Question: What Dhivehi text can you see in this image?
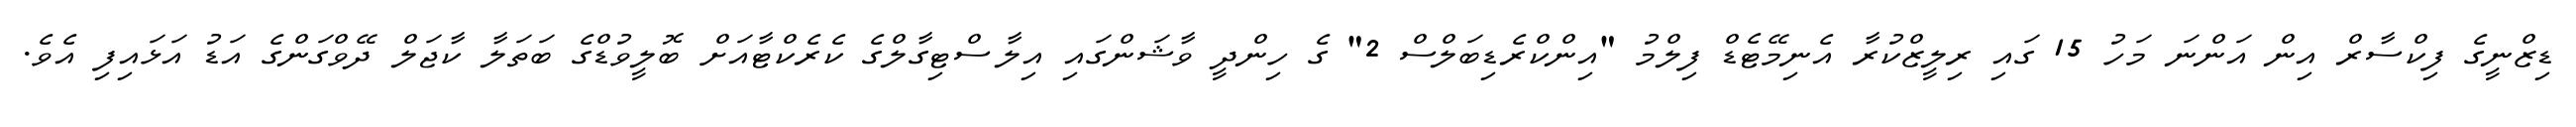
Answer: ޑިޒްނީގެ ފިކްސާރް އިން އަންނަ މަހު 15 ގައި ރިލީޒްކުރާ އެނިމޭޓެޑް ފިލްމު "އިންކްރެޑިބަލްސް 2" ގެ ހިންދީ ވާޝަންގައި އިލާސްޓިގާލްގެ ކެރެކްޓާއަށް ބޮލީވުޑްގެ ބަތަލާ ކާޖަލް ދޭވްގަންގެ އަޑު އަޅައިފި އެވެ.